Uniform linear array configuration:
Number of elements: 48
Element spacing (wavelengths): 1
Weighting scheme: uniform
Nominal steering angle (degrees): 0
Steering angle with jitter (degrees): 0.503
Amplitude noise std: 0.05
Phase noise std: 0.05

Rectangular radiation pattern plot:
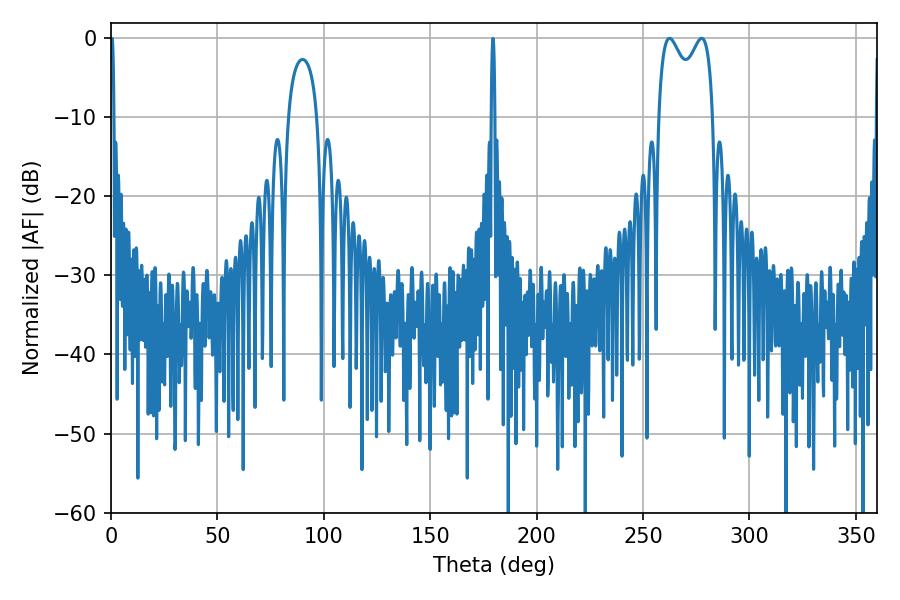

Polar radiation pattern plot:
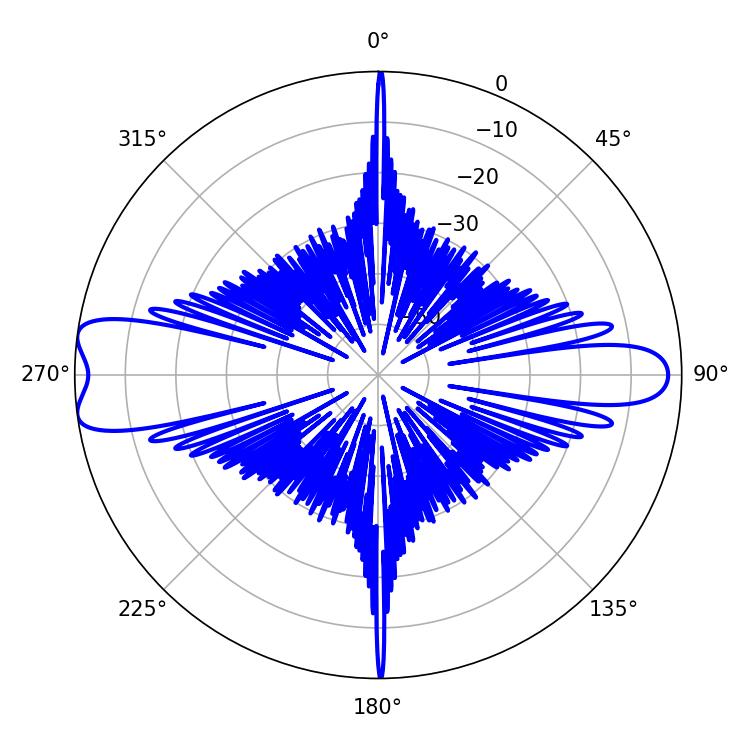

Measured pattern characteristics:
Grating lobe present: TRUE
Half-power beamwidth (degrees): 21.6
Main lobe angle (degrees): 262.44